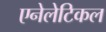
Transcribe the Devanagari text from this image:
एनेलेटिकल